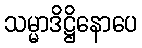
သမ္မာဒိဋ္ဌိနောပေ